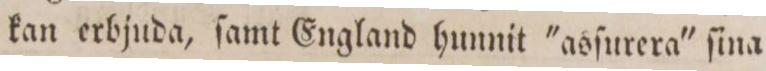
kan erbjuda, ſamt England hunnit 'asſurera' ſina